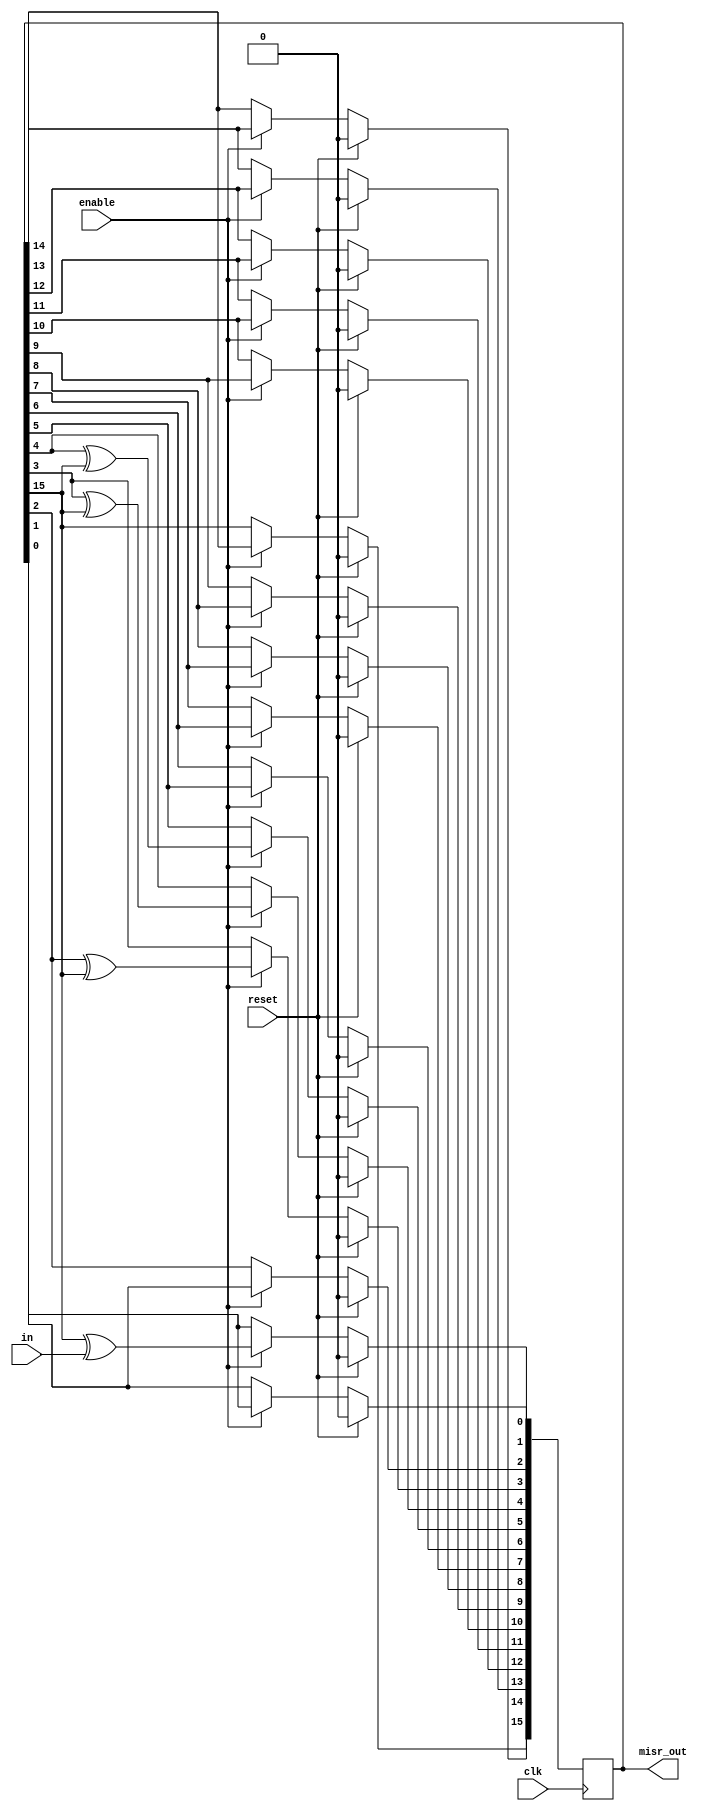
//`timescale 1ns/1ps

module misr (
output reg [15:0] misr_out,
input in,
input enable,
input clk,
input reset
);

//reg [15:0] misr;
wire linear_feedback;
assign linear_feedback = misr_out[15];

initial begin
  misr_out <= 16'h0000;
end

always @(posedge clk) begin
  if (reset) 
    misr_out <= 16'h0000;
  else if (enable) begin
      misr_out[0] <= linear_feedback ^ in;
      misr_out[1] <= misr_out[0];
      misr_out[2] <= misr_out[1];
      misr_out[3] <= misr_out[2] ^ linear_feedback;
      misr_out[4] <= misr_out[3] ^ linear_feedback;
      misr_out[5] <= misr_out[4] ^ linear_feedback;
      misr_out[6] <= misr_out[5] ;
      misr_out[7] <= misr_out[6] ;
      misr_out[8] <= misr_out[7];
      misr_out[9] <= misr_out[8];
      misr_out[10] <= misr_out[9];
      misr_out[11] <= misr_out[10];
      misr_out[12] <= misr_out[11];
      misr_out[13] <= misr_out[12];
      misr_out[14] <= misr_out[13];
      misr_out[15] <= misr_out[14];
  end
end
endmodule